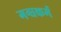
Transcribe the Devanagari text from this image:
गन्धकर्म